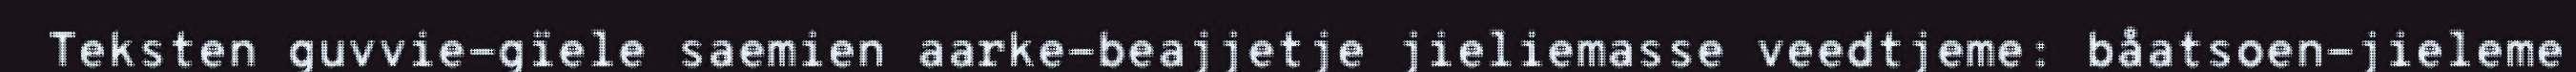
Teksten guvvie-gïele saemien aarke-beajjetje jieliemasse veedtjeme: båatsoen-jieleme